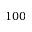
1 0 0